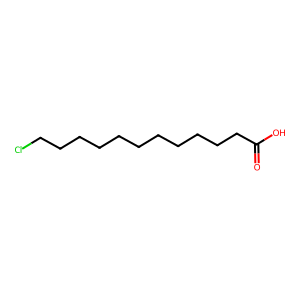
SMILES: O=C(O)CCCCCCCCCCCCl
Inhibits HIV replication: No